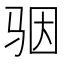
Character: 骃